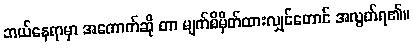
ဘယ်နေရာမှာ အကောက်ဆို တာ မျက်စိမှိတ်ထားလျှင်တောင် အလွတ်ရ၏။